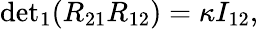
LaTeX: {\operatorname*{det}}_{1}(R_{21}R_{12})=\kappa I_{12},